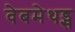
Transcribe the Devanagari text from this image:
वेबमेथड्स